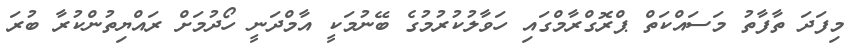
މިފަދަ ތާފާތު މަސައްކަތް ޕްރޮގްރާމްގައި ހަވާލުކުރުމުގެ ބޭނުމަކީ އާމްދަނީ ހޯދުމަށް ރައްޔިތުންކުރާ ބުރަ